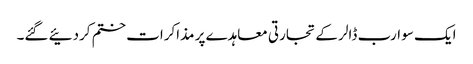
ایک سو ارب ڈالر کے تجارتی معاہدے پر مذاکرات ختم کردئیے گئے۔